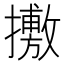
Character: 㩤